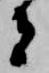
者